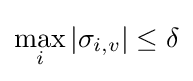
\max _{i}\left|\sigma _{i,v}\right|\leq \delta